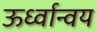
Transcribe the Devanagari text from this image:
ऊर्ध्वान्वय